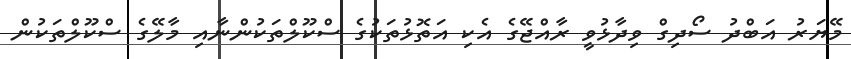
މޭޔަރު އަބްދު ސޯދިގް ވިދާޅުވީ ރާއްޖޭގެ އެކި އަތޮޅުތަކުގެ ސްކޫލްތަކުންނާއި މާލޭގެ ސްކޫލްތަކުން